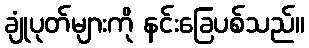
ချုံပုတ်များကို နင်းခြေပစ်သည်။